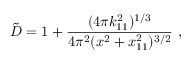
{ \tilde { D } } = 1 + { \frac { ( 4 \pi k _ { 1 1 } ^ { 2 } ) ^ { 1 / 3 } } { 4 \pi ^ { 2 } ( x ^ { 2 } + x _ { 1 1 } ^ { 2 } ) ^ { 3 / 2 } } } \ ,